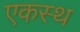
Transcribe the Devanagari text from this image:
एकस्थ